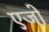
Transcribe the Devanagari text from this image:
एजो